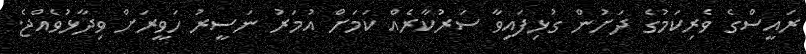
ރައީސްގެ ވެރިކަމުގެ ދަށުން ގުޅިފައިވާ ސަރުކާރެއް ކަމަށް އުމަރު ނަސީރު ހަވީރަށް ވިދާޅުވެއްޖެ.